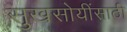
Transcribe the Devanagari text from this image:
सुखसोयींसाठी